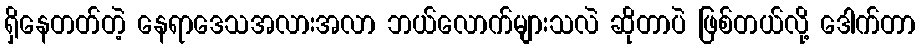
ရှိနေတတ်တဲ့ နေရာဒေသအလားအလာ ဘယ်လောက်များသလဲ ဆိုတာပဲ ဖြစ်တယ်လို့ ဒေါက်တာ